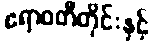
ဧရာဝတီတိုင်းနှင့်